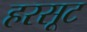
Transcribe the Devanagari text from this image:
हरसूट